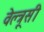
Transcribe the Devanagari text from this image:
वेल्त्रूसी